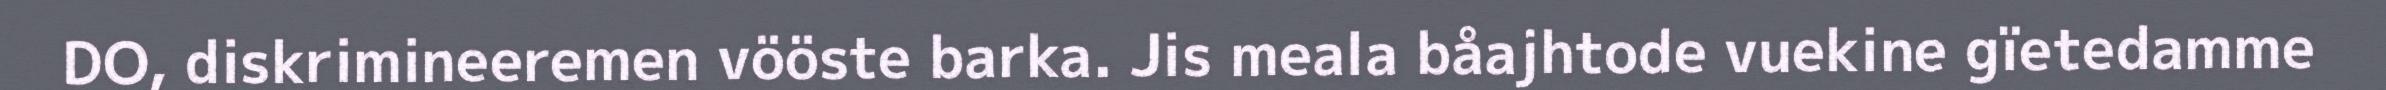
DO, diskrimineeremen vööste barka. Jis meala båajhtode vuekine gïetedamme